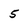
Character: 5